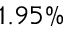
1 . 9 5 \%